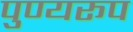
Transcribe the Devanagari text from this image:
पुण्यरूप